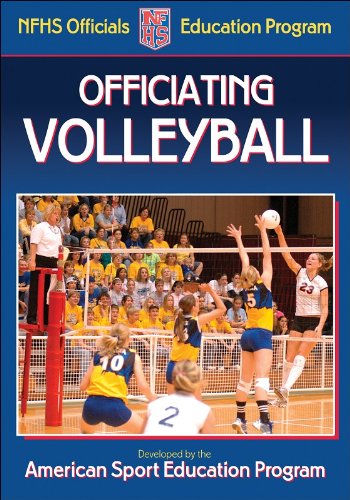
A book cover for Officiating Volleyball (NFHS Officials Education Program); American Sport Education Program; Sports & Outdoors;